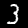
Digit: 3